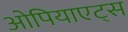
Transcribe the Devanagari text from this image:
ओपियाएट्स